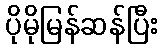
ပိုမိုမြန်ဆန်ပြီး